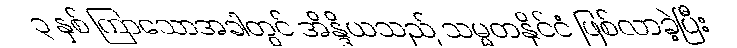
၃ နှစ် ကြာသောအခါတွင် အိန္ဒိယသည် သမ္မတနိုင်ငံ ဖြစ်လာခဲ့ပြီး